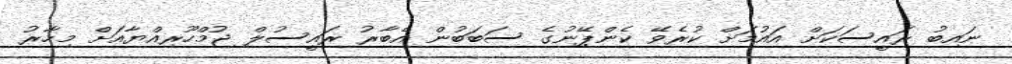
ނައިބު ރައީސަކަށް އައުމަށް ކުރެވޭ ކެންޕޭނުގެ ސަބަބުން އެބާރު ރައީސުލް ޖުމްހޫރިއްޔާއަށް މިހާރު